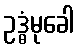
ဥဒ္ဓံမုခေါ